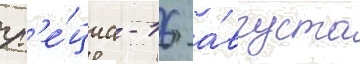
гр'е́циа - 16 а́вгуста